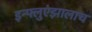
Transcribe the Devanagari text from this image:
इन्फ्लुएंझालाच